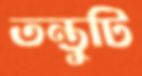
তন্তুটি